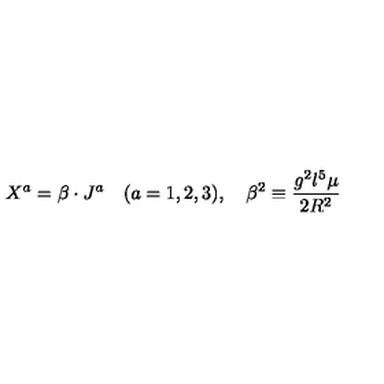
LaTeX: X ^ { a } = \beta \cdot J ^ { a } \quad ( a = 1 , 2 , 3 ) , \quad \beta ^ { 2 } \equiv \frac { g ^ { 2 } l ^ { 5 } \mu } { 2 R ^ { 2 } }